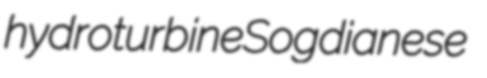
hydroturbine Sogdianese